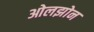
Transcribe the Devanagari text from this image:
ओलझोन